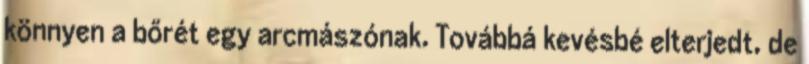
könnyen a bőrét egy arcmászónak. Továbbá kevésbé elterjedt, de